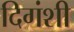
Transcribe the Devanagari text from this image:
दिगंशी